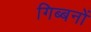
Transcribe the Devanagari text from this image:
गिब्बनों